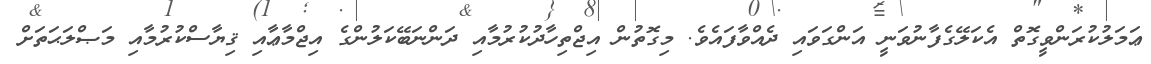
ޢަމަލުކުރަންވީގޮތް އެކަލޭގެފާނުވަނީ އަންގަވައި ދެއްވާފައެވެ. މިގޮތުން އިޖްތިހާދުކުރުމާއި ދަންނަބޭކަލުންގެ އިޖްމާޢާއި ޤިޔާސްކުރުމާއި މަޞްލަޙަތަށް